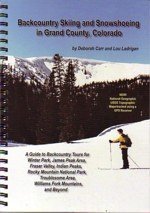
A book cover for Backcountry Skiing and Snowshoeing in Grand County, Colorado; Deborah Carr; Travel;